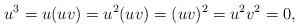
LaTeX: \begin{align*}u^3=u(uv)=u^2(uv)=(uv)^2=u^2v^2=0,\end{align*}